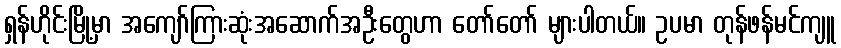
ရှန်ဟိုင်းမြို့မှာ အကျော်ကြားဆုံးအဆောက်အဦးတွေဟာ တော်တော် များပါတယ်။ ဥပမာ တုန်ဖန်မင်ကျူ